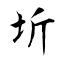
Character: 圻